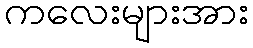
ကလေးများအား